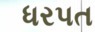
ધરપત